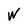
Character: W